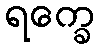
ရက္ခေ